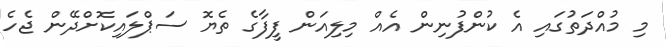
މި މުއްދަތުގައި އެ ކުންފުނިން އެއް މިލިއަން ފީފާގެ ތެޔޮ ސަޕްލައިކޮށްދޭން ޖެހެ